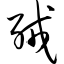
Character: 绒